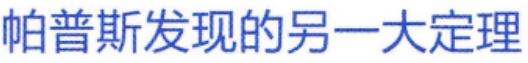
帕普斯发现的另一大定理